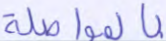
بالمواصلة